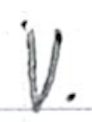
Text: v.
Cross-out: clean
Writing tool: ballpoint